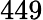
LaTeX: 449